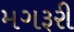
મગરૂરી